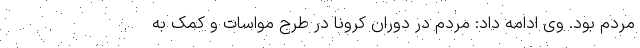
مردم بود. وی ادامه داد: مردم در دوران کرونا در طرح مواسات و کمک به